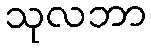
သုလဘာ